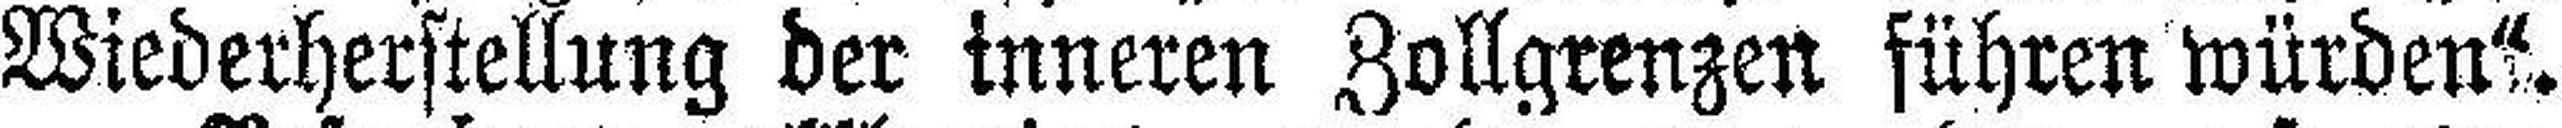
Wiederherstellung der inneren Zollgrenzen führen würden“.